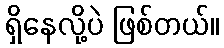
ရှိနေလို့ပဲ ဖြစ်တယ်။